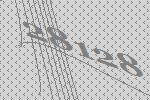
28128